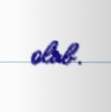
olub.